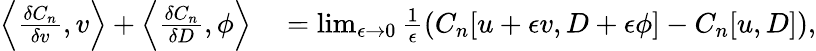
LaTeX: \begin{array}{rl}{\left\langle\frac{\delta C_{n}}{\delta v},v\right\rangle+\left\langle\frac{\delta C_{n}}{\delta D},\phi\right\rangle}&{{}=\operatorname*{lim}_{\epsilon\to 0}\frac{1}{\epsilon}\left(C_{n}[u+\epsilon v,D+\epsilon\phi]-C_{n}[u,D]\right),}\end{array}